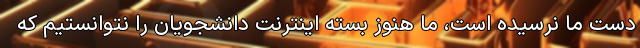
دست ما نرسیده است، ما هنوز بسته اینترنت دانشجویان را نتوانستیم که